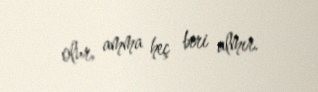
olur, amma heç biri almır.